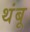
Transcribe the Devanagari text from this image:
थंबू